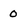
Character: 0